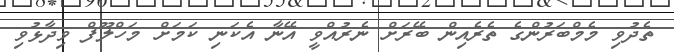
ތެދުވި މެމްބަރުންގެ ތެރެއިން ބޭރަށް ނެރުއްވީ އޭނާ އެކަނި ކަމަށް މަހްލޫފް ވިދާޅުވި